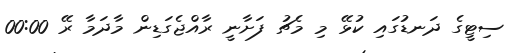
ސިޓީގެ ދަނޑުގައި ކުޅޭ މި މެޗު ފަށާނީ ރާއްޖެގަޑިން މާދަމާ ރޭ 00:00